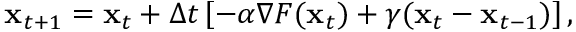
{ \bf x } _ { t + 1 } = { { \bf x } _ { t } } + \Delta t \left[ - \alpha \nabla F ( { \bf x } _ { t } ) + \gamma ( { \bf x } _ { t } - { \bf x } _ { t - 1 } ) \right] ,